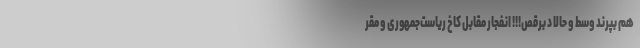
هم بپرند وسط و حالا دِ برقص!!! انفجار مقابل کاخ ریاست‌جمهوری و مقر